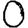
Digit: 0